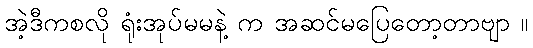
အဲ့ဒီကစလို ရုံးအုပ်မမနဲ့ က အဆင်မပြေတော့တာဗျာ ။